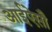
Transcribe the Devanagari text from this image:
आईऐसौ